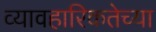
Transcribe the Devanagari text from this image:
व्यावहारिकतेच्या